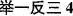
举反三4